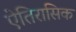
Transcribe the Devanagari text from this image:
ऐतिरासिक